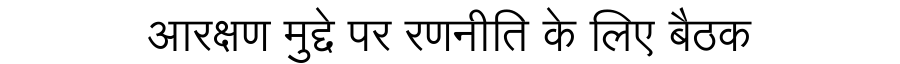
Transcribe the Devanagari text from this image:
आरक्षण मुद्दे पर रणनीति के लिए बैठक